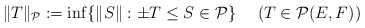
\begin{align*} \|T\|_{{\cal P}}:=\inf\{\|S\|:\pm T\le S\in{\cal P}\} \ \ \ \ (T\in{\cal P}(E,F))\end{align*}